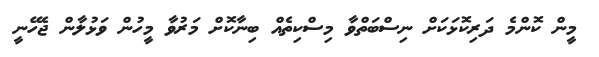
މީން ކޮންމެ ދަރިކޮޅަކަށް ނިސްބަތްވާ މިސްކިތެއް ބިނާކޮށް މަރުވާ މީހުން ވަޅުލާން ޖެހޭނީ